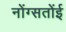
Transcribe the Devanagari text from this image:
नोंग्सतोंई